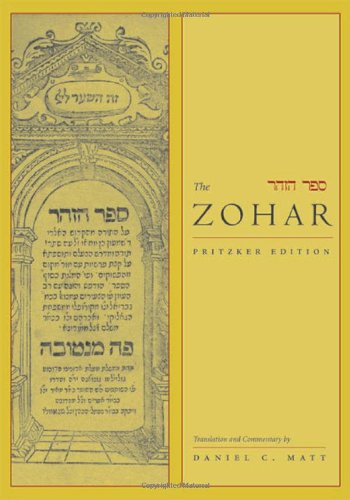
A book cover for The Zohar: Pritzker Edition, Volume Four; Religion & Spirituality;